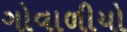
ગોવાળીયો